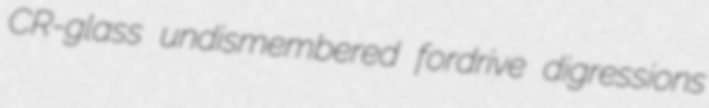
CR-glass undismembered fordrive digressions